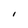
Character: I